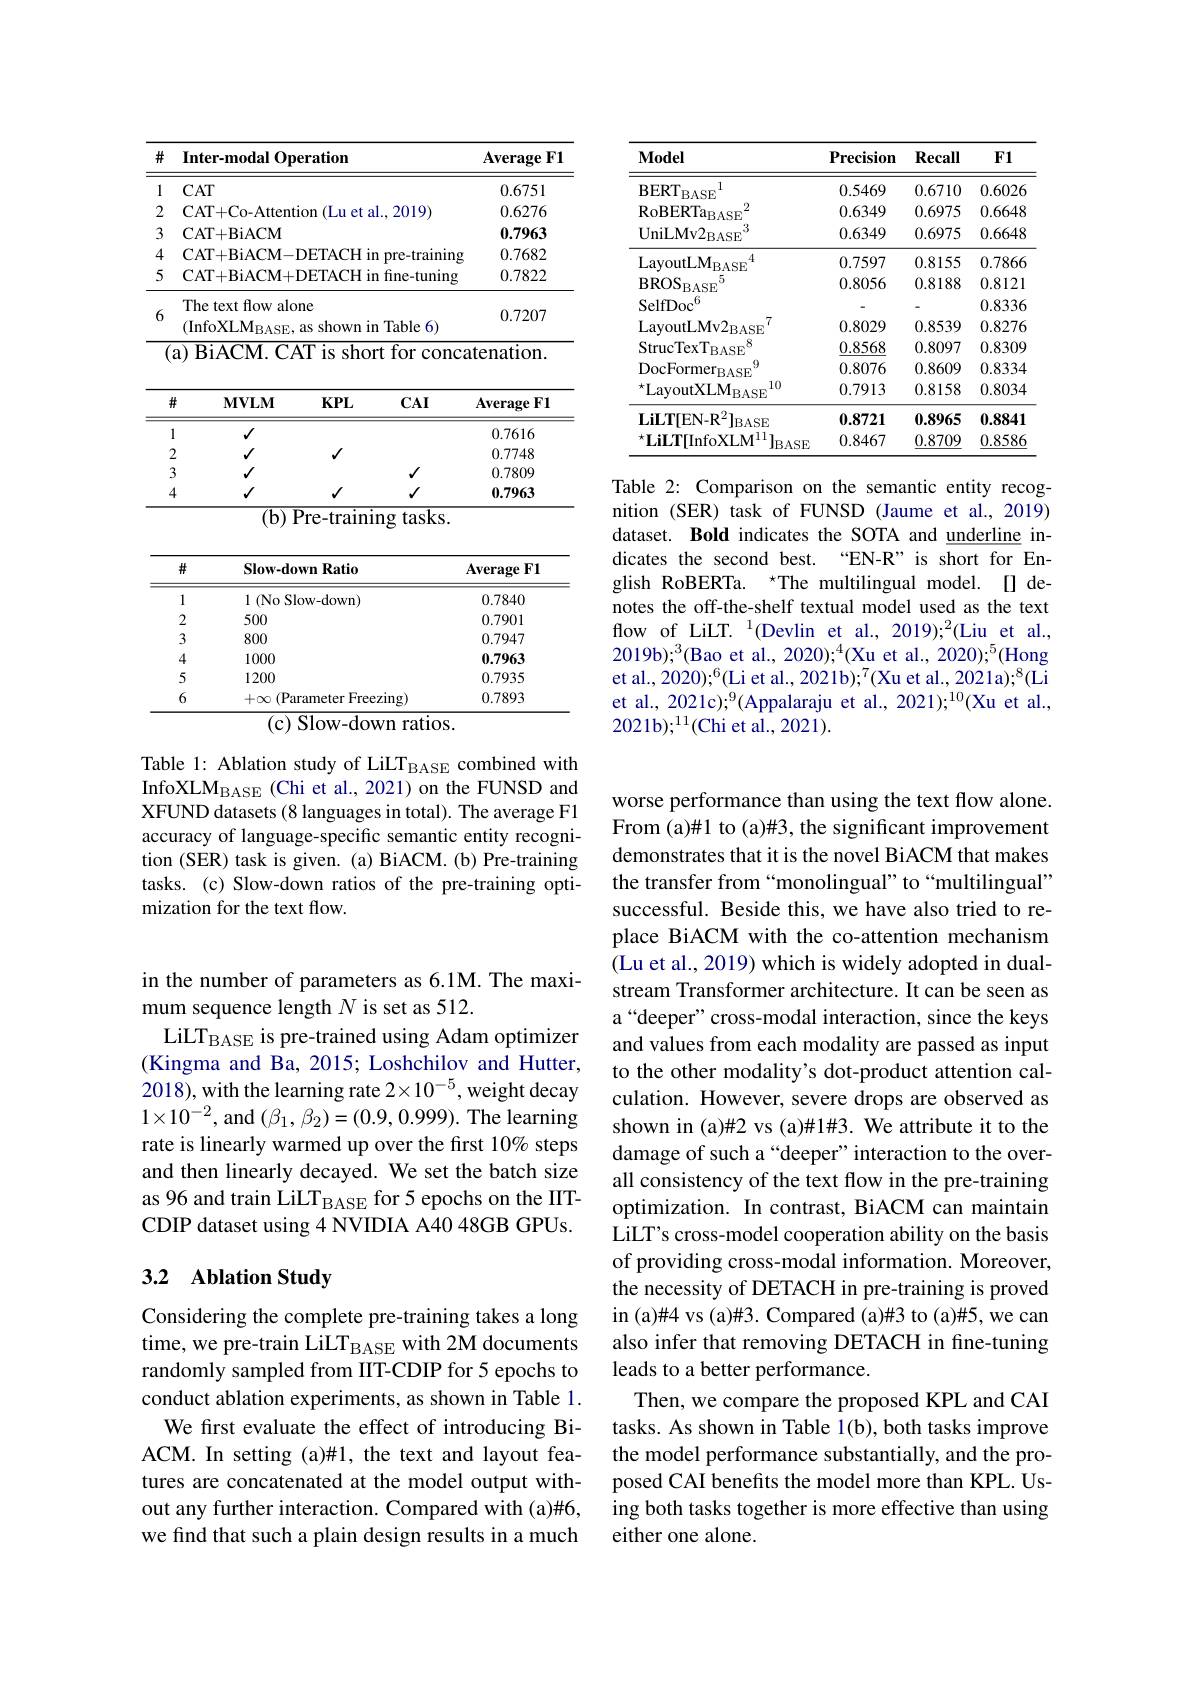
<table>
	<tbody>
		<tr>
			<th>井</th>
			<th>Inter-modal Operation</th>
			<th>$\mathbf{Average}$ $\mathbf{FI}$</th>
		</tr>
		<tr>
			<td>1</td>
			<td>$CAT$</td>
			<td>0.6751</td>
		</tr>
		<tr>
			<td>2</td>
			<td>CAT+ Co- Attention ( Lu et al. , 2019) </td>
			<td>0.6276</td>
		</tr>
		<tr>
			<td>3</td>
			<td>CAT+ BiACM</td>
			<td>0.7963</td>
		</tr>
		<tr>
			<td>4</td>
			<td>CAT+ BiACM- DETACH in pre- training</td>
			<td>0.7682</td>
		</tr>
		<tr>
			<td>5</td>
			<td>CAT+BiACM+DETACH in fine-tuning</td>
			<td>0.7822</td>
		</tr>
		<tr>
			<td>6</td>
			<td>The text flow alone (InfoXLM$_\mathrm{BASE}.$ shown in Table 6)</td>
			<td>0.7207</td>
		</tr>
	</tbody>
</table>

<table>
	<tbody>
		<tr>
			<th>井</th>
			<th>$\mathbf{MVLM}$</th>
			<th>$KPL$</th>
			<th>$\mathbf{CAI}$</th>
			<th>Average $:\mathbf{F}$</th>
		</tr>
		<tr>
			<td>1</td>
			<td>$√$</td>
			<td> </td>
			<td> </td>
			<td>0.7616</td>
		</tr>
		<tr>
			<td>2</td>
			<td>$√$</td>
			<td>$√$</td>
			<td> </td>
			<td>0.7748</td>
		</tr>
		<tr>
			<td>3</td>
			<td>$√$</td>
			<td> </td>
			<td>$√$</td>
			<td>0.7809</td>
		</tr>
		<tr>
			<td>4</td>
			<td>$√$</td>
			<td>$√$</td>
			<td>$\checkmark$</td>
			<td>0.7963</td>
		</tr>
	</tbody>
</table>
${\overline{\left(\mathbf{b}\right)\mathrm{Pre-training~tasks.}}}$

<table>
	<tbody>
		<tr>
			<th>井</th>
			<th>Slow-down Ratio</th>
			<th>Average $:\mathbf{FI}$</th>
		</tr>
		<tr>
			<td>1</td>
			<td>1(No Slow- down)</td>
			<td>0.7840</td>
		</tr>
		<tr>
			<td>2</td>
			<td>500</td>
			<td>0.7901</td>
		</tr>
		<tr>
			<td>3</td>
			<td>800</td>
			<td>0.7947</td>
		</tr>
		<tr>
			<td>4</td>
			<td>1000</td>
			<td>0.7963</td>
		</tr>
		<tr>
			<td>5</td>
			<td>1200</td>
			<td>0.7935</td>
		</tr>
		<tr>
			<td>6</td>
			<td>$+\infty$ (Parameter Freezing)</td>
			<td>0.7893</td>
		</tr>
	</tbody>
</table>
$\overline{(\mathrm{c})\text{ Slow-down ratios.}}$

Table 1: Ablation study of LiLT$_{\mathrm{BASE}}$ combined with InfoXLM$_\mathrm{BASE}$ (Chi et al., 2021) on the FUNSD and XFUND datasets (8 languages in total). The average F1 accuracy of language-specific semantic entity recognition (SER) task is given. (a) BiACM. (b) Pre-training tasks. (c) Slow-down ratios of the pre-training optimization for the text flow.

<table>
	<tbody>
		<tr>
			<th>$\mathbf{Model}$</th>
			<th>$\mathbf{Precision}$</th>
			<th>Recall</th>
			<th>$F1$</th>
		</tr>
		<tr>
			<td>1 $\mathbf{BERT}$ $BASE$</td>
			<td>0.5469</td>
			<td>0.6710</td>
			<td>0.6026</td>
		</tr>
		<tr>
			<td>$\mathrm{RoBERTa}_{\mathrm{BASE}}$ 2</td>
			<td>0.6349</td>
			<td>0.6975</td>
			<td>0.6648</td>
		</tr>
		<tr>
			<td>${\mathrm{UniLMv2}}_{\mathrm{BASE}}$ 3</td>
			<td>0.6349</td>
			<td>0.6975</td>
			<td>0.6648</td>
		</tr>
		<tr>
			<td>$\mathrm{LayoutLM}_{\mathrm{BASE}}$ 4</td>
			<td>0.7597</td>
			<td>0.8155</td>
			<td>0.7866</td>
		</tr>
		<tr>
			<td>$\mathrm{BROS}_{\mathrm{BASE}}$ 5</td>
			<td>0.8056</td>
			<td>0.8188</td>
			<td>0.8121</td>
		</tr>
		<tr>
			<td>$\mathrm{SelfDoc}^{6}$</td>
			<td> </td>
			<td> </td>
			<td>0.8336</td>
		</tr>
		<tr>
			<td>$\mathrm{LayoutLMv2}_{\mathrm{BASE}}$</td>
			<td>0.8029</td>
			<td>0.8539</td>
			<td>0.8276</td>
		</tr>
		<tr>
			<td>StrucTexT$_\mathrm{BASE}$ $X$</td>
			<td>0.8568</td>
			<td>0.8097</td>
			<td>0.8309</td>
		</tr>
		<tr>
			<td>$\mathrm{DocFormer}_{\mathrm{BASE}}$ U</td>
			<td>0.8076</td>
			<td>0.8609</td>
			<td>0.8334</td>
		</tr>
		<tr>
			<td>$^{\star}$LayoutXLM$_\mathrm{BASE}$ 10</td>
			<td>0.7913</td>
			<td>0.8158</td>
			<td>0.8034</td>
		</tr>
		<tr>
			<td>$\mathbf{LiLT}[$EN- $R^{2}] _{\mathrm{BASE}}$</td>
			<td>0.8721</td>
			<td>0.8965</td>
			<td>0.8841</td>
		</tr>
		<tr>
			<td>$^{\star}\mathbf{LiLT}$InfoXLM$^{11}$ $\int_{\mathrm{BASE}}$</td>
			<td>0.8467</td>
			<td>0.8709</td>
			<td>0.8586</td>
		</tr>
	</tbody>
</table>

Table 2: Comparison on the semantic entity recognition (SER) task of FUNSD (Jaume et al., 2019) dataset. Bold indicates the SOTA and underline indicates the second best. “EN-R” is short for English RoBERTa. “The multilingual model.[] denotes the off-the-shelf textual model used as the text flow of LiLT. $^1($Devlin et al., 2019);$^2($Liu et al., 2019b);$^3$(Bao et al., 2020);$^4$(Xu et al., 2020);$^5$(Hong et al., 2020);$^6($Li et al., 2021b);$^7$(Xu et al., 2021a);$^8$(Li et al., 2021c);$^9$(Appalaraju et al., 2021);$^10$(Xu et al., 2021b);$^{11}($Chi et al., 2021).

in the number of parameters as 6.1M. The maxi-
mum sequence length $N$ is set as 512.
LiLT$_\mathrm{BASE}$ is pre-trained using Adam optimizer (Kingma and Ba, 2015; Loshchilov and Hutter, 2018), with the learning rate $2\times10^{-5}$, weight decay $1\times10^{-2}$, and $(\beta_1,\beta_2)=(0.9,0.999).$ The learning rate is linearly warmed up over the first 10% steps and then linearly decayed. We set the batch size as 96 and train LiLT$_\mathrm{BASE}$ for 5 epochs on the IITCDIP dataset using 4 NVIDIA A40 48GB GPUs.

## 3.2 Ablation Study

Considering the complete pre-training takes a long randomly sampled from IIT-CDIP for 5 epochs to conduct ablation experiments, as shown in Table 1.
We first evaluate the effect of introducing BiACM. In setting (a)#1, the text and layout features are concatenated at the model output without any further interaction. Compared with (a)#6, we find that such a plain design results in a much

worse performance than using the text flow alone. From (a)#1 to (a)#3, the significant improvement demonstrates that it is the novel BiACM that makes the transfer from “monolingual” to“multilingual” successful. Beside this, we have also tried to replace BiACM with the co-attention mechanism (Lu et al., 2019) which is widely adopted in dualstream Transformer architecture. It can be seen as a“deeper”cross-modal interaction, since the keys and values from each modality are passed as input to the other modality's dot-product attention calculation. However, severe drops are observed as shown in (a)#2 vs (a)#1#3. We attribute it to the damage of such a“deeper”interaction to the overall consistency of the text flow in the pre-training optimization. In contrast, BiACM can maintain LiLT's cross-model cooperation ability on the basis of providing cross-modal information. Moreover, the necessity of DETACH in pre-training is proved in (a)#4 vs (a)#3. Compared (a)#3 to (a)#5, we can
time, we pre-train LiLT$_\mathrm{BASE}$ with 2M documents also infer that removing DETACH in fine-tuning
leads to a better performance.
Then, we compare the proposed KPL and CAI tasks. As shown in Table 1(b), both tasks improve the model performance substantially, and the proposed CAI benefits the model more than KPL. Using both tasks together is more effective than using either one alone.